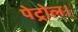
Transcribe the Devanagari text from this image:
पेट्रोल।